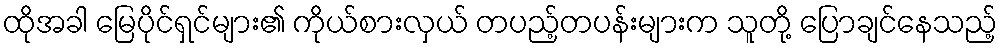
ထိုအခါ မြေပိုင်ရှင်များ၏ ကိုယ်စားလှယ် တပည့်တပန်းများက သူတို့ ပြောချင်နေသည့်